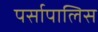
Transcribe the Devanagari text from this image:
पर्सापालिस